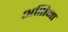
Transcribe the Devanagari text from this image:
अशिमा